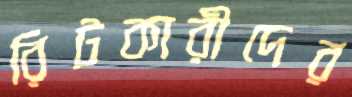
রিটকারীদের